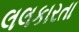
લલકારતા